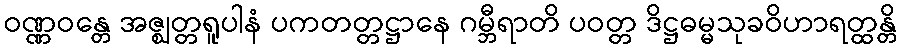
ဝဏ္ဏဝန္တေ အဇ္ဈတ္တရူပါနံ ပကတတ္တဋ္ဌာနေ ဂမ္ဘီရာတိ ပဝတ္တ ဒိဋ္ဌဓမ္မသုခဝိဟာရတ္ထန္တိ